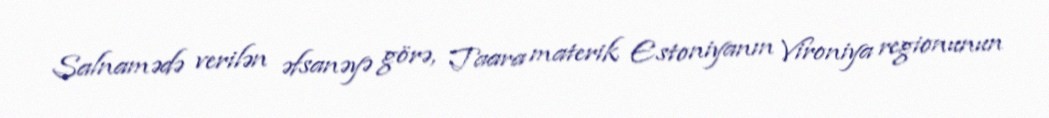
Salnamədə verilən əfsanəyə görə, Taara materik Estoniyanın Vironiya regionunun